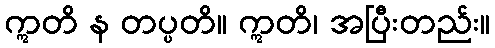
ဣတိ န တပ္ပတိ။ ဣတိ၊ အပြီးတည်း။